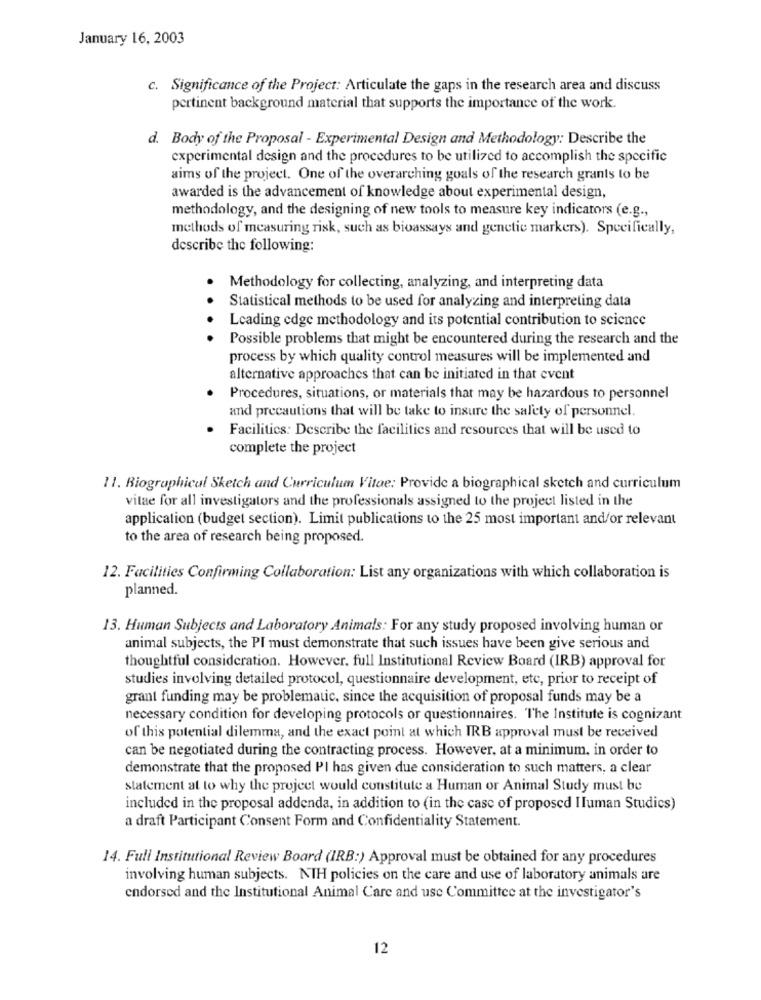
January 16, 2003
c. Significance of the Project: Articulate the gaps in the research area and discuss
pertinent background material that supports the importance of the work.
d. Body of the Proposal - Experimental Design and Methodology: Describe the
experimental design and the procedures to be utilized to accomplish the specific
aims of the project. One of the overarching goals of the research grants to be
awarded is the advancement of knowledge about experimental design,
methodology, and the designing of new tools to measure key indicators (e.g .,
methods of measuring risk, such as bioassays and genetic markers). Specifically,
describe the following:
Methodology for collecting, analyzing, and interpreting data
Statistical methods to be used for analyzing and interpreting data
Leading edge methodology and its potential contribution to science
Possible problems that might be encountered during the research and the
process by which quality control measures will be implemented and
alternative approaches that can be initiated in that event
Procedures, situations, or materials that may be hazardous to personnel
and precautions that will be take to insure the safety of personnel.
Facilities: Describe the facilities and resources that will be used to
complete the project
11. Biographical Sketch and Curriculum Vitae: Provide a biographical sketch and curriculum
vitae for all investigators and the professionals assigned to the project listed in the
application (budget section). Limit publications to the 25 most important and/or relevant
to the area of research being proposed.
12. Facilities Confirming Collaboration: List any organizations with which collaboration is
planned.
13. Human Subjects and Laboratory Animals: For any study proposed involving human or
animal subjects, the PI must demonstrate that such issues have been give serious and
thoughtful consideration. However, full Institutional Review Board (IRB) approval for
studies involving detailed protocol, questionnaire development, etc, prior to receipt of
grant funding may be problematic, since the acquisition of proposal funds may be a
necessary condition for developing protocols or questionnaires. The Institute is cognizant
of this potential dilemma, and the exact point at which IRB approval must be received
can be negotiated during the contracting process. However, at a minimum, in order to
demonstrate that the proposed PI has given due consideration to such matters, a clear
statement at to why the project would constitute a Human or Animal Study must be
included in the proposal addenda, in addition to (in the case of proposed Iluman Studics)
a draft Participant Consent Form and Confidentiality Statement.
14. Full Institutional Review Board (IRB:) Approval must be obtained for any procedures
involving human subjects. NTH policies on the care and use of laboratory animals are
endorsed and the Institutional Animal Care and use Committee at the investigator's
12